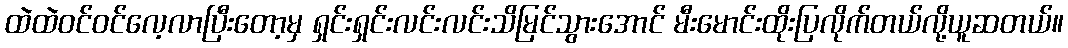
ထဲထဲဝင်ဝင်လေ့လာပြီးတော့မှ ရှင်းရှင်းလင်းလင်းသိမြင်သွားအောင် မီးမောင်းထိုးပြလိုက်တယ်လို့ယူဆတယ်။